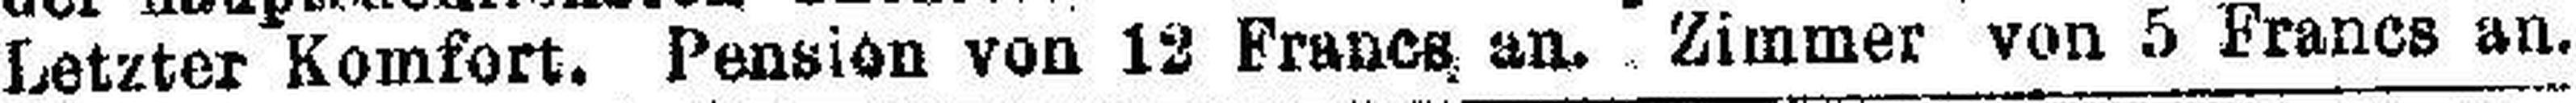
Letzter Komfort. Pension von 12 Francs an. Zimmer von 5 Francs an.